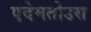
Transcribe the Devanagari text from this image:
एदेमतोउस